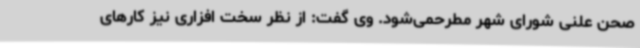
صحن علنی شورای شهر مطرحمی‌شود. وی گفت: از نظر سخت افزاری نیز کارهای